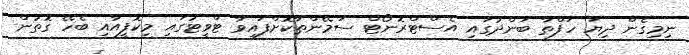
ނިމިގެން ދިޔަ ހަފްތާ ބަންދުގައި އެސްޓްރޮނޯޓް ސަމޭންތާކޮށްފައިވާ ޓްވީޓުގައި މިކޮފީއާއި ބެހޭ ގޮތުން